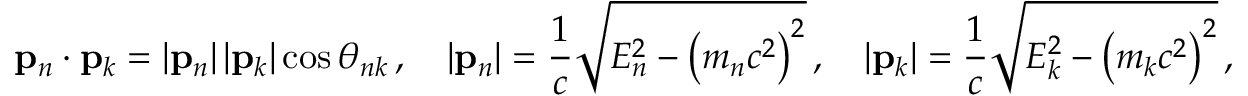
\mathbf { p } _ { n } \cdot \mathbf { p } _ { k } = \left| \mathbf { p } _ { n } \right| \left| \mathbf { p } _ { k } \right| \cos \theta _ { n k } \, , \quad | \mathbf { p } _ { n } | = { \frac { 1 } { c } } { \sqrt { E _ { n } ^ { 2 } - \left( m _ { n } c ^ { 2 } \right) ^ { 2 } } } \, , \quad | \mathbf { p } _ { k } | = { \frac { 1 } { c } } { \sqrt { E _ { k } ^ { 2 } - \left( m _ { k } c ^ { 2 } \right) ^ { 2 } } } \, ,